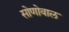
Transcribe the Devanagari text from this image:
सोणोवाल